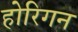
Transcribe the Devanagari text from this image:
होरिगन